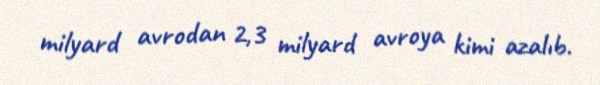
milyard avrodan 2,3 milyard avroya kimi azalıb.